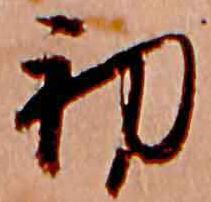
初